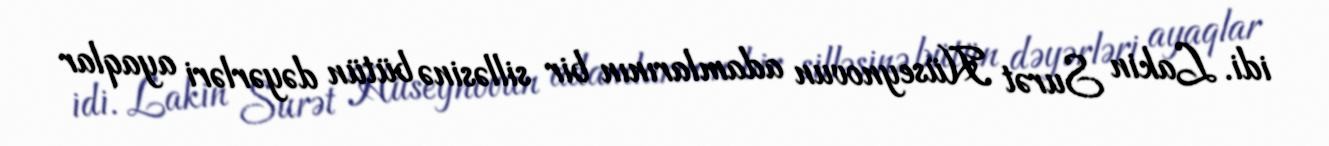
idi. Lakin Surət Hüseynovun adamlarının bir silləsinə bütün dəyərləri ayaqlar